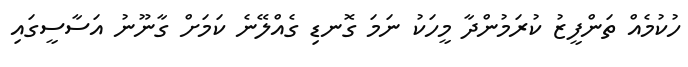
ހުކުމެއް ތަންފީޒު ކުރަމުންދާ މީހަކު ނަމަ ގޮނޑި ގެއްލޭނެ ކަމަށް ގާނޫނު އަސާސީގައި